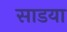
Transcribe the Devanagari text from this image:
साडया